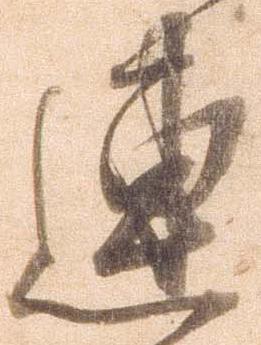
連